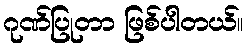
ဂုဏ်ပြုတာ ဖြစ်ပါတယ်။